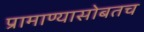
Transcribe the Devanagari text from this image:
प्रामाण्यासोबतच